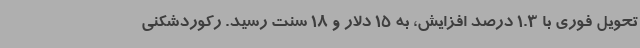
تحویل فوری با 1.3 درصد افزایش، به 15 دلار و 18 سنت رسید. رکوردشکنی